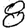
Digit: 8